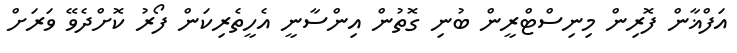
އަފްޣާން ފޮރިން މިނިސްޓްރީން ބުނި ގޮތުން އިންސާނީ އެހީތެރިކަން ފޯރު ކޮށްދެވޭ ވަރަށް